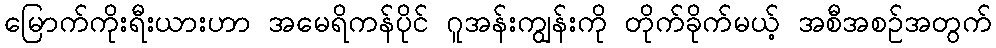
မြောက်ကိုးရီးယားဟာ အမေရိကန်ပိုင် ဂူအန်းကျွန်းကို တိုက်ခိုက်မယ့် အစီအစဉ်အတွက်